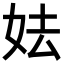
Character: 𡛠